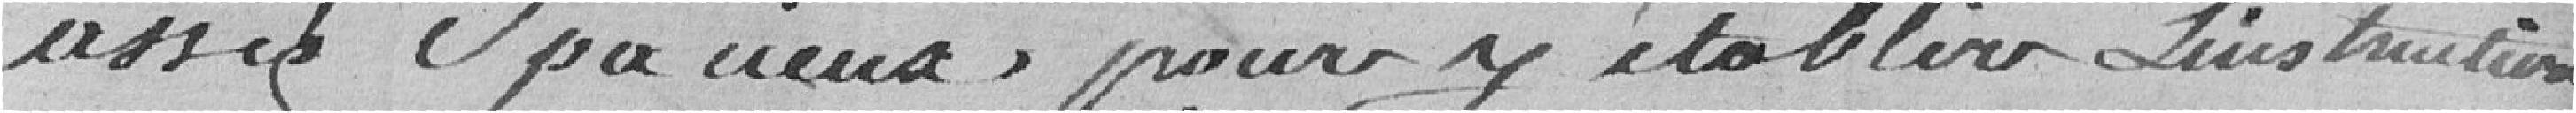
assez spacieux pour y établir L'instruction